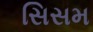
સિસમ